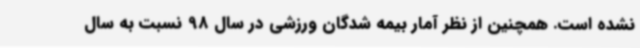
نشده است. همچنین از نظر آمار بیمه شدگان ورزشی در سال 98 نسبت به سال